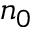
n _ { 0 }